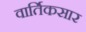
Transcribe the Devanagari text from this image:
वार्तिकसार